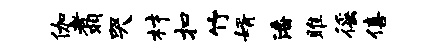
伽翥哭材扣竹婿潘雎徭僖